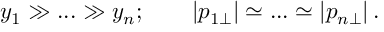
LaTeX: y _ { 1 } \gg . . . \gg y _ { n } ; \qquad | p _ { 1 \perp } | \simeq . . . \simeq | p _ { n \perp } | \, . \nonumber